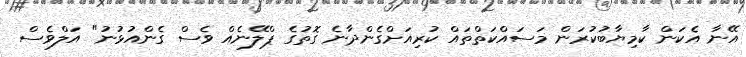
އޭނާ އެކަން ކާމިޔާބުކުރަން މަސައްކަތްތައް ކުރިއަށްގެންދާނެ ގޮތުގެ ޕްލޭނެއް ވެސް ގެންއުޅުނު" އަލްވެސް